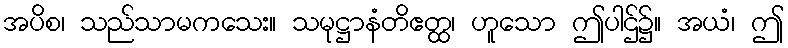
အပိစ၊ သည်သာမကသေး။ သမုဋ္ဌာနံတိဧတ္ထ၊ ဟူသော ဤပါဌ်၌။ အယံ၊ ဤ